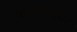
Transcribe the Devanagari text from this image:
रिडिस्ट्रीब्यूशन